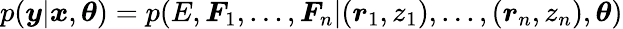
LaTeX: p(\boldsymbol{y}|\boldsymbol{x},\boldsymbol{\theta})=p(E,\boldsymbol{F}_{1},...,\boldsymbol{F}_{n}|(\boldsymbol{r}_{1},z_{1}),...,(\boldsymbol{r}_{n},z_{n}),\boldsymbol{\theta})